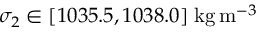
\sigma _ { 2 } \in [ 1 0 3 5 . 5 , 1 0 3 8 . 0 ] \; \mathrm { k g } \, \mathrm { m } ^ { - 3 }